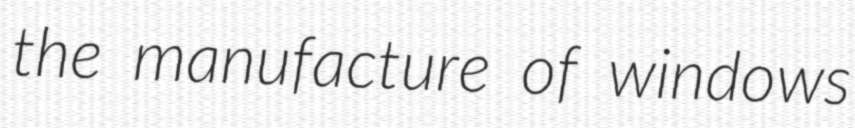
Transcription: the manufacture of windows